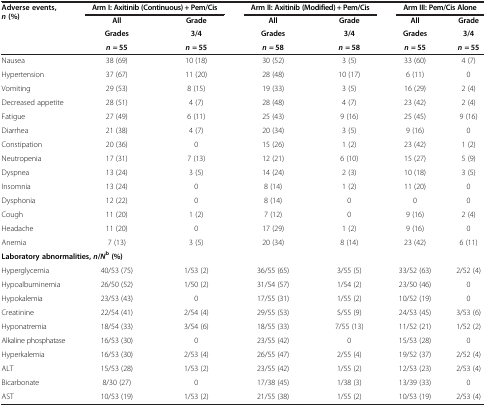
<table><thead><tr><td><b>Adverse events, <i>n </i>(%)</b></td><td colspan="2"><b>Arm I: Axitinib (Continuous) + Pem/Cis</b></td><td colspan="2"><b>Arm II: Axitinib (Modified) + Pem/Cis</b></td><td colspan="2"><b>Arm III: Pem/Cis Alone</b></td></tr><tr><td><b> </b></td><td><b>All</b></td><td><b>Grade</b></td><td><b>All</b></td><td><b>Grade</b></td><td><b>All</b></td><td><b>Grade</b></td></tr><tr><td><b> </b></td><td><b>Grades</b></td><td><b>3/4</b></td><td><b>Grades</b></td><td><b>3/4</b></td><td><b>Grades</b></td><td><b>3/4</b></td></tr><tr><td><b> </b></td><td><b><i>n </i>= 55</b></td><td><b><i>n </i>= 55</b></td><td><b><i>n </i>= 58</b></td><td><b><i>n </i>= 58</b></td><td><b><i>n </i>= 55</b></td><td><b><i>n </i>= 55</b></td></tr></thead><tbody><tr><td>Nausea</td><td>38 (69)</td><td>10 (18)</td><td>30 (52)</td><td>3 (5)</td><td>33 (60)</td><td>4 (7)</td></tr><tr><td>Hypertension</td><td>37 (67)</td><td>11 (20)</td><td>28 (48)</td><td>10 (17)</td><td>6 (11)</td><td>0</td></tr><tr><td>Vomiting</td><td>29 (53)</td><td>8 (15)</td><td>19 (33)</td><td>3 (5)</td><td>16 (29)</td><td>2 (4)</td></tr><tr><td>Decreased appetite</td><td>28 (51)</td><td>4 (7)</td><td>28 (48)</td><td>4 (7)</td><td>23 (42)</td><td>2 (4)</td></tr><tr><td>Fatigue</td><td>27 (49)</td><td>6 (11)</td><td>25 (43)</td><td>9 (16)</td><td>25 (45)</td><td>9 (16)</td></tr><tr><td>Diarrhea</td><td>21 (38)</td><td>4 (7)</td><td>20 (34)</td><td>3 (5)</td><td>9 (16)</td><td>0</td></tr><tr><td>Constipation</td><td>20 (36)</td><td>0</td><td>15 (26)</td><td>1 (2)</td><td>23 (42)</td><td>1 (2)</td></tr><tr><td>Neutropenia</td><td>17 (31)</td><td>7 (13)</td><td>12 (21)</td><td>6 (10)</td><td>15 (27)</td><td>5 (9)</td></tr><tr><td>Dyspnea</td><td>13 (24)</td><td>3 (5)</td><td>14 (24)</td><td>2 (3)</td><td>10 (18)</td><td>3 (5)</td></tr><tr><td>Insomnia</td><td>13 (24)</td><td>0</td><td>8 (14)</td><td>1 (2)</td><td>11 (20)</td><td>0</td></tr><tr><td>Dysphonia</td><td>12 (22)</td><td>0</td><td>8 (14)</td><td>0</td><td>0</td><td>0</td></tr><tr><td>Cough</td><td>11 (20)</td><td>1 (2)</td><td>7 (12)</td><td>0</td><td>9 (16)</td><td>2 (4)</td></tr><tr><td>Headache</td><td>11 (20)</td><td>0</td><td>17 (29)</td><td>1 (2)</td><td>9 (16)</td><td>0</td></tr><tr><td>Anemia</td><td>7 (13)</td><td>3 (5)</td><td>20 (34)</td><td>8 (14)</td><td>23 (42)</td><td>6 (11)</td></tr><tr><td colspan="7"><b>Laboratory abnormalities, </b><b><i>n</i></b><b>/</b><b><i>N</i></b><sup><b>b </b></sup><b>(%)</b></td></tr><tr><td>Hyperglycemia</td><td>40/53 (75)</td><td>1/53 (2)</td><td>36/55 (65)</td><td>3/55 (5)</td><td>33/52 (63)</td><td>2/52 (4)</td></tr><tr><td>Hypoalbuminemia</td><td>26/50 (52)</td><td>1/50 (2)</td><td>31/54 (57)</td><td>1/54 (2)</td><td>23/50 (46)</td><td>0</td></tr><tr><td>Hypokalemia</td><td>23/53 (43)</td><td>0</td><td>17/55 (31)</td><td>1/55 (2)</td><td>10/52 (19)</td><td>0</td></tr><tr><td>Creatinine</td><td>22/54 (41)</td><td>2/54 (4)</td><td>29/55 (53)</td><td>5/55 (9)</td><td>24/53 (45)</td><td>3/53 (6)</td></tr><tr><td>Hyponatremia</td><td>18/54 (33)</td><td>3/54 (6)</td><td>18/55 (33)</td><td>7/55 (13)</td><td>11/52 (21)</td><td>1/52 (2)</td></tr><tr><td>Alkaline phosphatase</td><td>16/53 (30)</td><td>0</td><td>23/55 (42)</td><td>0</td><td>15/53 (28)</td><td>0</td></tr><tr><td>Hyperkalemia</td><td>16/53 (30)</td><td>2/53 (4)</td><td>26/55 (47)</td><td>2/55 (4)</td><td>19/52 (37)</td><td>2/52 (4)</td></tr><tr><td>ALT</td><td>15/53 (28)</td><td>1/53 (2)</td><td>23/55 (42)</td><td>1/55 (2)</td><td>12/53 (23)</td><td>2/53 (4)</td></tr><tr><td>Bicarbonate</td><td>8/30 (27)</td><td>0</td><td>17/38 (45)</td><td>1/38 (3)</td><td>13/39 (33)</td><td>0</td></tr><tr><td>AST</td><td>10/53 (19)</td><td>1/53 (2)</td><td>21/55 (38)</td><td>1/55 (2)</td><td>10/53 (19)</td><td>2/53 (4)</td></tr></tbody></table>